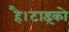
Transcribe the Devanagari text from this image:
है।टाइको